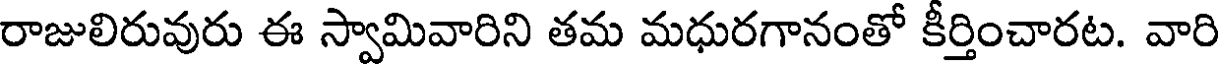
రాజులిరువురు ఈ స్వామివారిని తమ మధురగానంతో కీర్తించారట. వారి